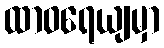
ထာဝရေယျမှာ